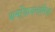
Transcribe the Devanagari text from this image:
थर्मोडायनामिक